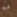
مه